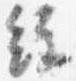
経